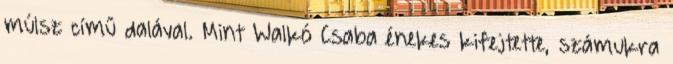
múlsz című dalával. Mint Walkó Csaba énekes kifejtette, számukra